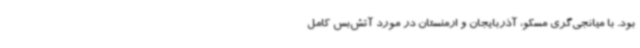
بود. با میانجی‌گری مسکو، آذربایجان و ارمنستان در مورد آتش‌بس کامل